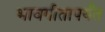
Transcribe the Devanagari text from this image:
भावगीतापर्यंत